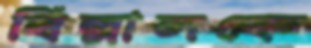
বিল্লালকে